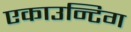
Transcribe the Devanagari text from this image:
एकाउन्टिग